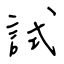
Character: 試